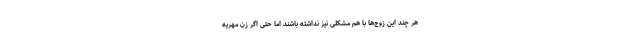
هر چند این زوج‌ها با هم مشکلی نیز نداشته باشند اما حتی اگر زن مهریه